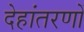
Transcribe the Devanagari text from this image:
देहांतरणों